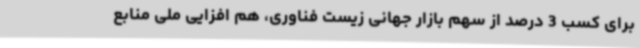
برای کسب 3 درصد از سهم بازار جهانی زیست فناوری، هم افزایی ملی منابع